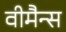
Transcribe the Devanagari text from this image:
वीमैन्स